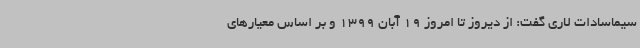
سیماسادات لاری گفت: از دیروز تا امروز 19 آبان 1399 و بر اساس معیارهای